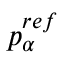
p _ { \alpha } ^ { r e f }